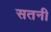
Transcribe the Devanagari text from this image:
सतनी